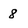
Character: 8